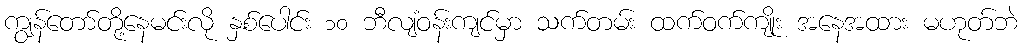
ကျွန်တော်တို့နေမင်းလို နှစ်ပေါင်း ၁၀ ဘီလျံဝန်းကျင်မှာ သက်တမ်း ထက်ဝက်ကျိုး အနေအထား မဟုတ်ဘဲ